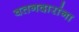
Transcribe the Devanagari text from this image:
वतनदारांना